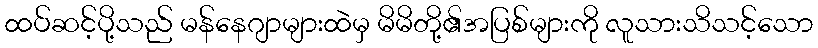
ထပ်ဆင့်ပို့သည် မန်နေဂျာများထဲမှ မိမိတို့၏အပြစ်များကို လူသားသိသင့်သော